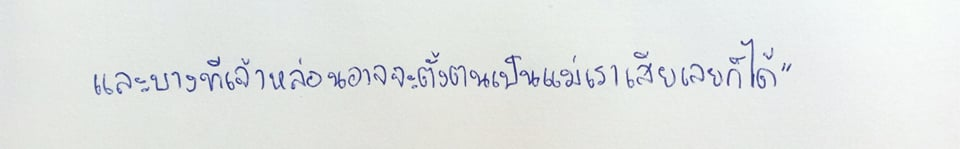
และบางทีเจ้าหล่อนอาจจะตั้งตนเป็นแม่เราเสียเลยก็ได้"